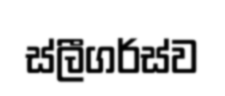
ස්ලීගර්ස්ව